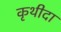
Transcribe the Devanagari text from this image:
कृथीदा